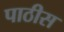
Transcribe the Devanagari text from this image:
पाठीस